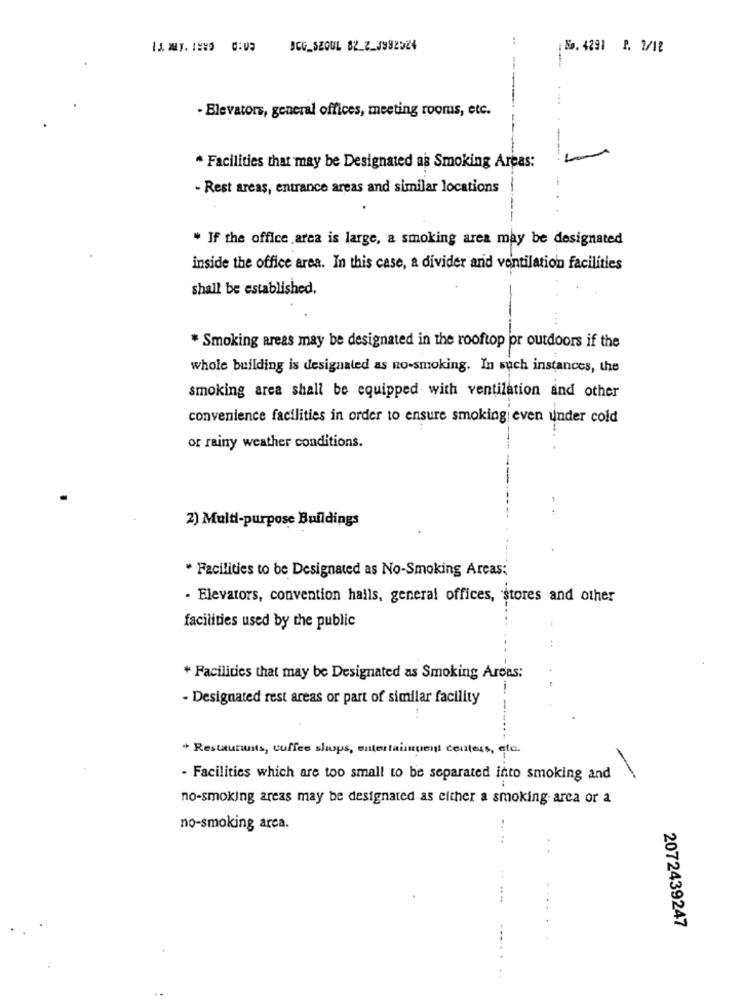
..
BCG_SEOUL 02_2_7992524
¡ No. 4291 P. 7/18
-
- Blevators, general offices, meeting rooms, etc.
* Facilities that may be Designated as Smoking Areas:
- Rest areas, entrance areas and similar locations
* If the office area is large, a smoking area may be designated
inside the office area. In this case, a divider and ventilation facilities
shall be established,
* Smoking areas may be designated in the rooftop or outdoors if the
whole building is designated as no-smoking. In such instances, the
smoking area shall be equipped with ventilation and other
convenience facilities in order to ensure smoking even under cold
or rainy weather conditions.
2) Multi-purpose Buildings
* Facilities to be Designated as No-Smoking Areas;
- Elevators, convention hails, general offices, stores and other
facilities used by the public
+ Facilities that may be Designated as Smoking Areas:
- Designated rest areas or part of similar facility
+ Restaurants, coffee shops, entertainment centers, etc.
- Facilities which are too small to be separated into smoking and
no-smoking areas may be designated as either a smoking. arca or a
no-smoking area.
2072439247